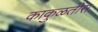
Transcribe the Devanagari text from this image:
काकुळतीस